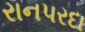
રાનપરદા